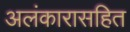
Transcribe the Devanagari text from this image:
अलंकारासहित